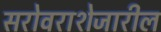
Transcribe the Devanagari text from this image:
सरोवराशेजारील